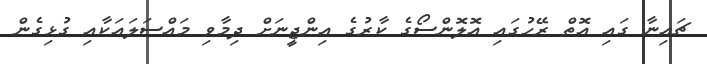
ޗައިނާ ގައި އޮތް ރޭހުގައި އޮލޮންސޯގެ ކާރުގެ އިންޖީނަށް ދިމާވި މައްސަލައަކާއި ގުޅިގެން